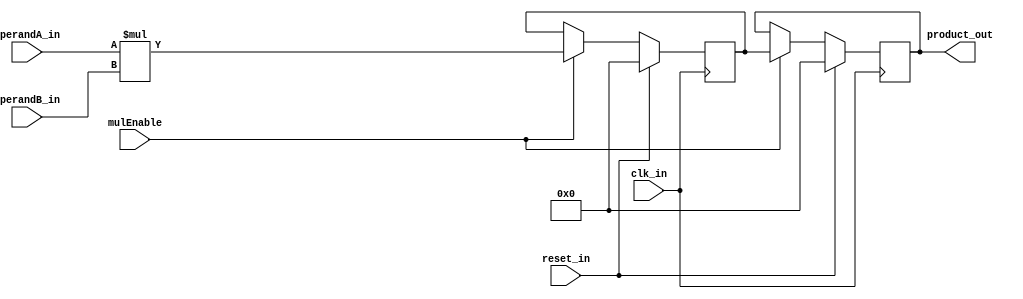
`timescale 1ns/1ps

// Behavioral model of a 16x16 integer multiplier, two-stage pipeline, 32 bit result
module ExternalMul16x16(clk_in, reset_in, mulEnable, operandA_in, operandB_in, product_out);
	input clk_in, reset_in, mulEnable;
	input [15:0] operandA_in, operandB_in;
	output[31:0] product_out;
	
	reg [31:0] delay_reg, product_reg;
	
	assign product_out = product_reg;
	
	always @(posedge clk_in) begin
		if (reset_in == 1'b1) begin
			delay_reg	<= 32'b0;
			product_reg <= 32'b0;
		end else begin
			if (mulEnable) begin
				delay_reg	<= operandA_in * operandB_in;
				product_reg	<= delay_reg;
			end	else begin
				delay_reg <= delay_reg;
				product_reg <= product_reg;
			end
		end
	end
	
endmodule